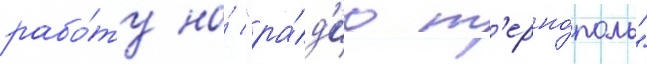
рабо́ту на́ "ра́д'ио т'ерно́поль"